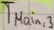
Text: TMain,3